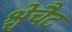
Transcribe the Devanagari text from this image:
श्चेचैट